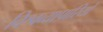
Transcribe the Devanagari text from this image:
विश्वव्यापारियों